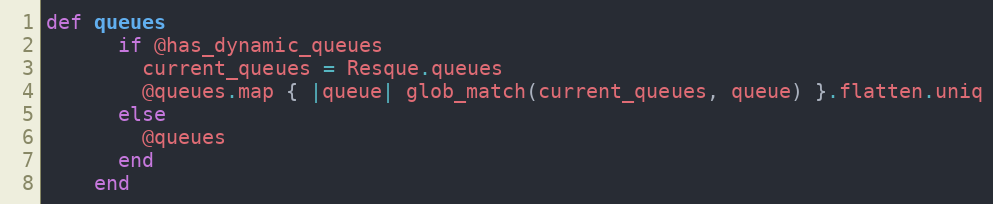
Language: Ruby
def queues
      if @has_dynamic_queues
        current_queues = Resque.queues
        @queues.map { |queue| glob_match(current_queues, queue) }.flatten.uniq
      else
        @queues
      end
    end